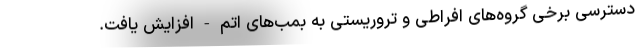
دسترسی برخی گروه‌های افراطی و تروریستی به بمب‌های اتم - افزایش یافت.